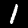
Digit: 1